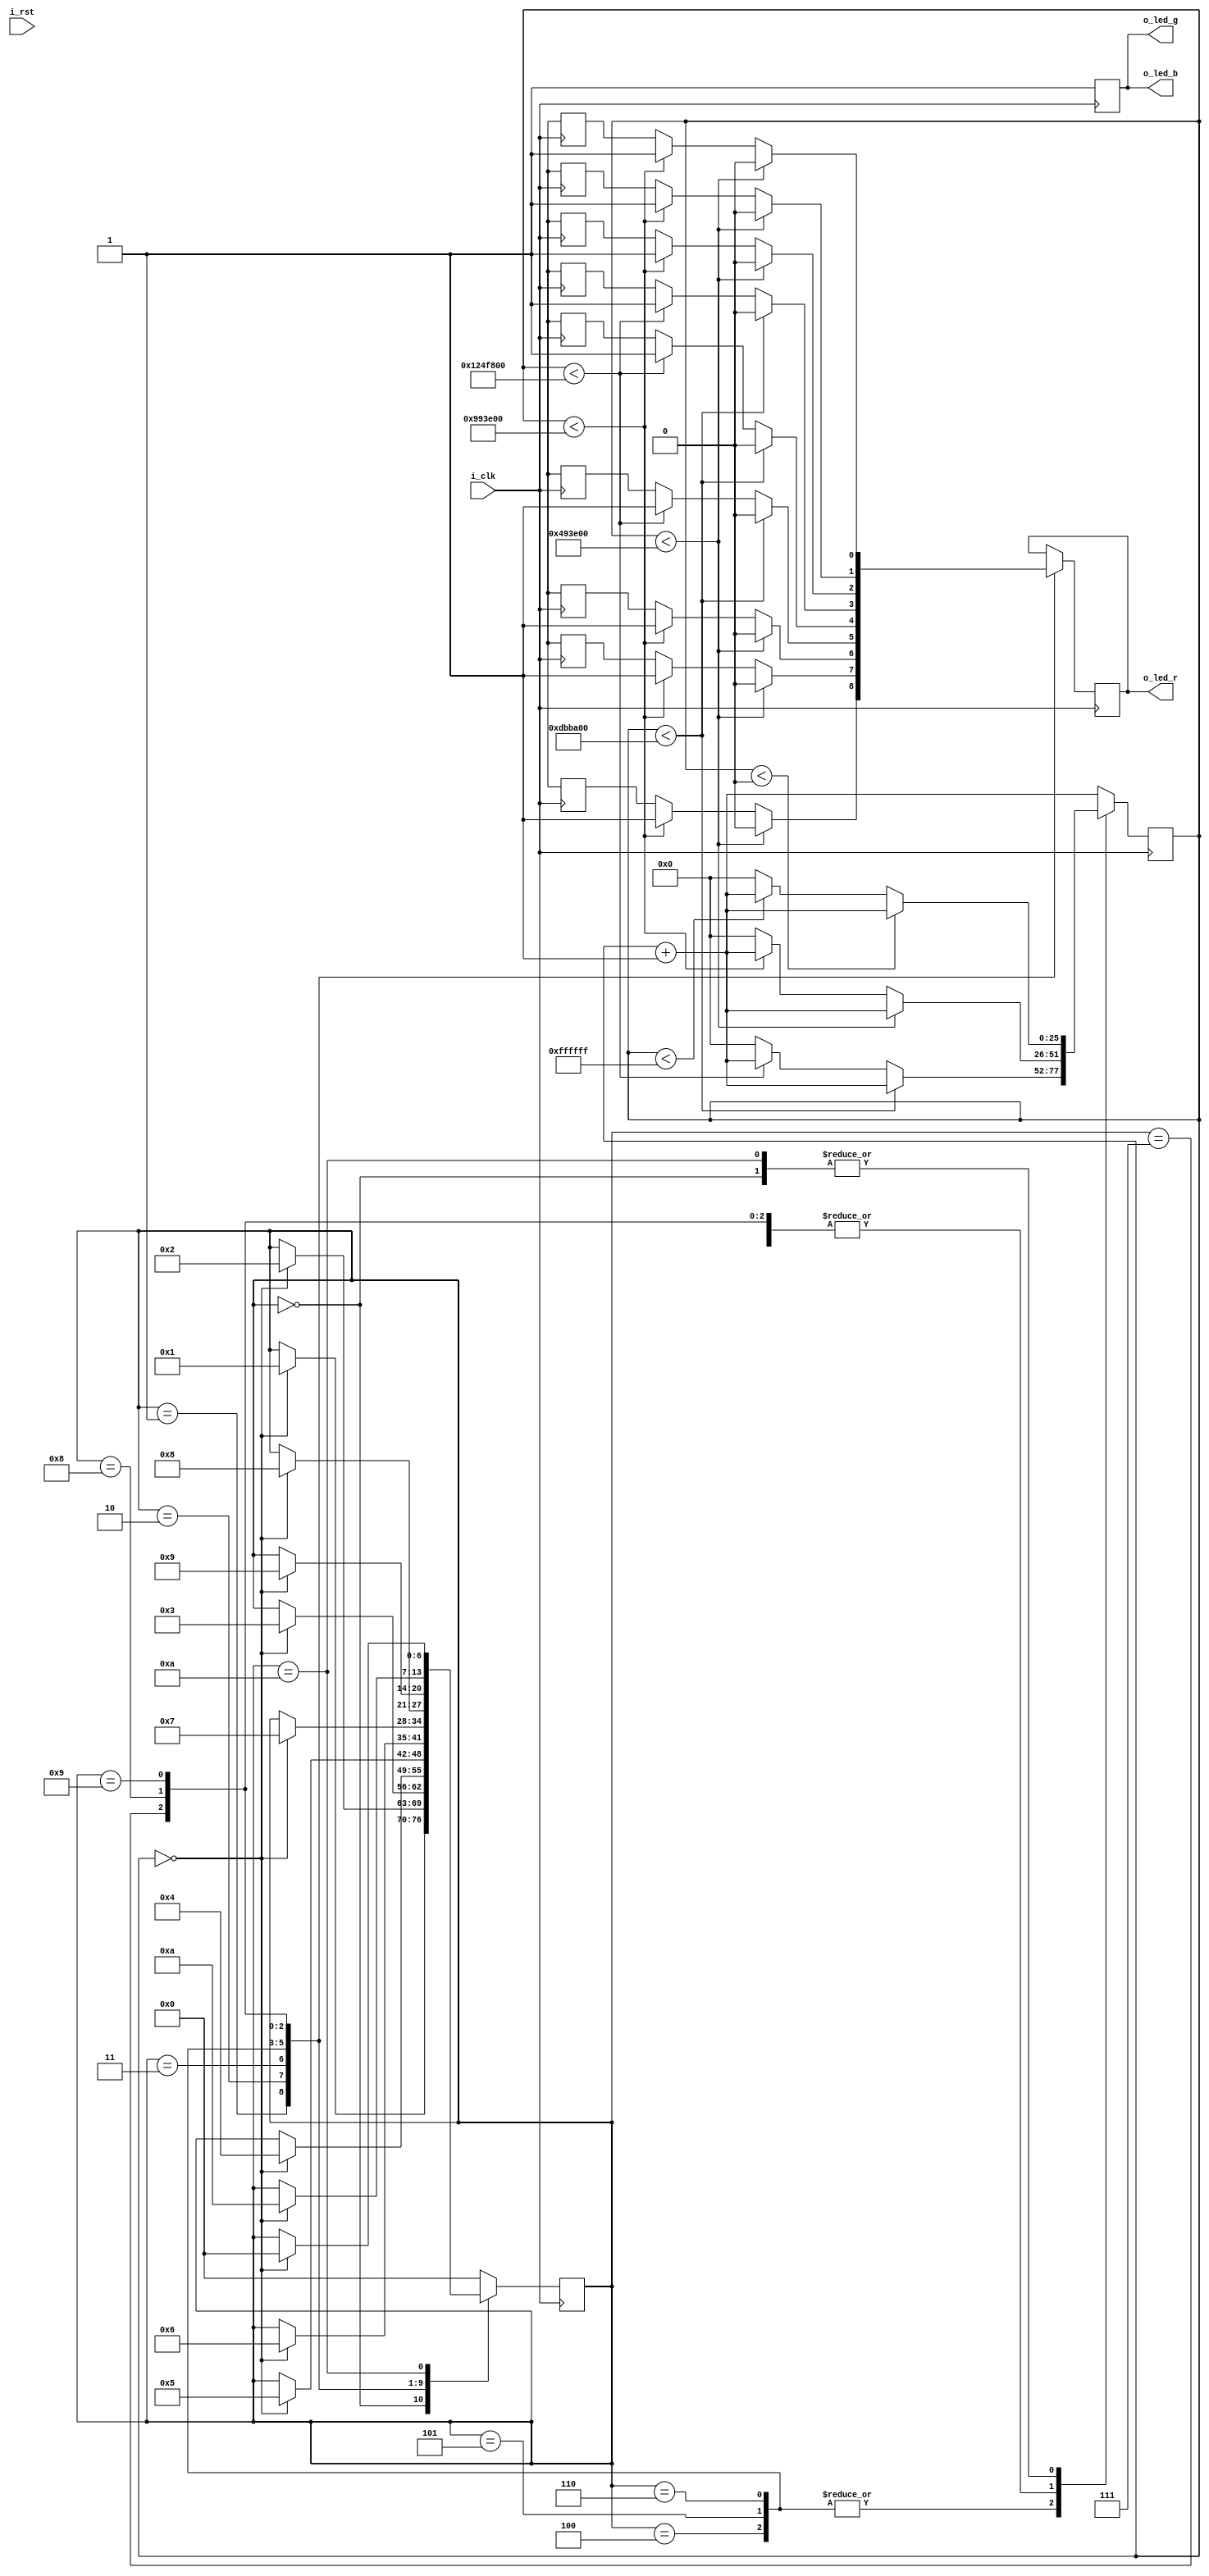
/******************************************************************************
*                                                                             *
* Copyright 2016 myStorm Copyright and related                                *
* rights are licensed under the Solderpad Hardware License, Version 0.51      *
* (the License); you may not use this file except in compliance with        *
* the License. You may obtain a copy of the License at                        *
* http://solderpad.org/licenses/SHL-0.51. Unless required by applicable       *
* law or agreed to in writing, software, hardware and materials               *
* distributed under this License is distributed on an AS IS BASIS,          *
* WITHOUT WARRANTIES OR CONDITIONS OF ANY KIND, either express or             *
* implied. See the License for the specific language governing                *
* permissions and limitations under the License.                              *
*                                                                             *
******************************************************************************/

module morse (
  input  i_clk,
  input  i_rst,
  output o_led_r,
  output o_led_g,
  output o_led_b
  );

  reg [25:0] r_count = 0;
  reg [6:0]  r_morse_state = 0;
  reg        r_led_r = 0;
  reg        r_led_g = 0;
  reg        r_led_b = 0;

  task t_morse;
    input [23:0] i_count_on;
    input [23:0] i_count_off;
    output o_led_morse;

    begin
      if(r_count < i_count_on)
        o_led_morse = 1'b0; // !Important blocking assignment
      else if(r_count < (i_count_on + i_count_off))
        o_led_morse = 1'b1; // !Important blocking assignment
      else
        r_count <= 26'h0;
    end

  endtask

  // This Task is called to show a did
  task t_morse_did;
    output o_led_morse;
    
    begin
      // On time, Off time 
      // On = h493e00 +- 100ms
      // Off =  h493e00 +- 100ms
      t_morse(24'h493e00, 24'h500000, o_led_morse);
    end
  endtask

  // This Task is called to show a dash
  task t_morse_dash;
    output o_led_morse;
    
    begin
      // On time, Off time 
      // On = h493e00 +- 100ms
      // Off =  h493e00 +- 100ms
      t_morse(24'hdbba00, 24'h493e00, o_led_morse);
    end
  endtask

  // This Task is called to show a rest
  task t_morse_rest;
    reg r_bogus;

    begin
      // On time, Off time 
      // On = h000000 Not on
      // Off = hffffff +- 0.35 seconds 
      t_morse(24'h000000, 24'hffffff, r_bogus);
    end
  endtask

  // Verilog has no enum in the 2005 implementation
  // So we use Parameter instead
  parameter 
    start = 0, // Off
    s_0_0 = 1, // . S
    s_0_1 = 2, // .
    s_0_2 = 3, // .
    o_1_0 = 4, // - O
    o_1_1 = 5, // -
    o_1_2 = 6, // -
    s_2_0 = 7, // . S
    s_2_1 = 8, // .
    s_2_2 = 9, // .
    rest  = 10; // Off
  
  // Assign the register to the wire
  assign o_led_r = r_led_r;
  assign o_led_g = r_led_g;
  assign o_led_b = r_led_b;
  
  // always at clock pulse
  always @(posedge i_clk)
  begin
    r_count <= r_count + 1;
    r_led_g <= 1'b1;
    r_led_b <= 1'b1;

    case(r_morse_state)
      start : begin
        t_morse_rest(r_led_r);
        if(r_count == 26'h0)
          r_morse_state <= s_0_0;
      end
      s_0_0 : begin
        t_morse_did(r_led_r);
        if(r_count == 26'h0)
          r_morse_state <= s_0_1;
      end
      s_0_1 : begin
        t_morse_did(r_led_r);
        if(r_count == 26'h0)
          r_morse_state <= s_0_2;
      end
      s_0_2 : begin
        t_morse_did(r_led_r);
        if(r_count == 26'h0)
          r_morse_state <= o_1_0;
      end
      o_1_0 : begin
        t_morse_dash(r_led_r);
        if(r_count == 26'h0)
          r_morse_state <= o_1_1;
      end
      o_1_1 : begin
        t_morse_dash(r_led_r);
        if(r_count == 26'h0)
          r_morse_state <= o_1_2;
      end
      o_1_2 : begin
        t_morse_dash(r_led_r);
        if(r_count == 0)
          r_morse_state <= s_2_0;
      end
      s_2_0 : begin
        t_morse_did(r_led_r);
        if(r_count == 0)
          r_morse_state <= s_2_1;
      end
      s_2_1 : begin
        t_morse_did(r_led_r);
        if(r_count == 0)
          r_morse_state <= s_2_2;
      end
      s_2_2 : begin
        t_morse_did(r_led_r);
        if(r_count == 0)
          r_morse_state <= rest;
      end
      rest : begin
        t_morse_rest(r_led_r);
        if(r_count == 0)
          r_morse_state <= start;
      end
      default : 
        r_morse_state <= start;
    endcase
  end

endmodule